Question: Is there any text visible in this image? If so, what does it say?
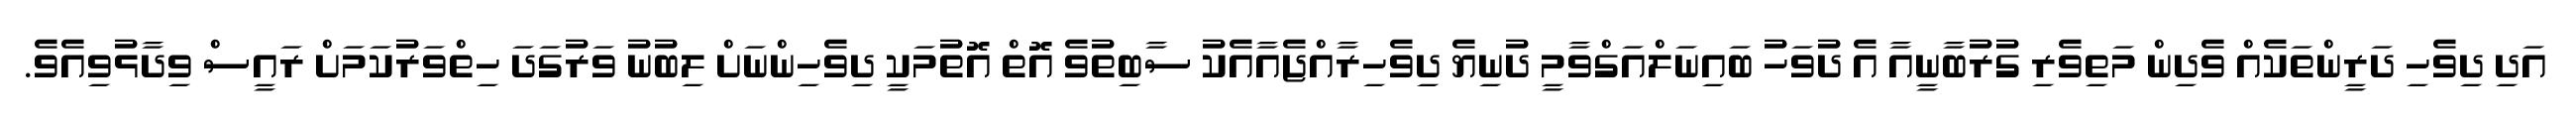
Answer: އަދި ދިވެހި ދަރީންތަކެއް ވެދިން މަތިވެރި ގުރުބާނީއާ އެ ދުވަހު ބައިނަލްއަގްވާމީ ދުނިޔެ ދިވެހިރާއްޖެއާއެކު ސާބިތުވެ އޮތް އޮތުމަކީ ދިވެހިންނަށް ލިބުނު ވަރުގަދަ ހިތްވަރުކަމަށް ރައީސް ވިދާޅުވިއެވެ.